Report of the Imperial Institute of Veterinary Research, Muktesar
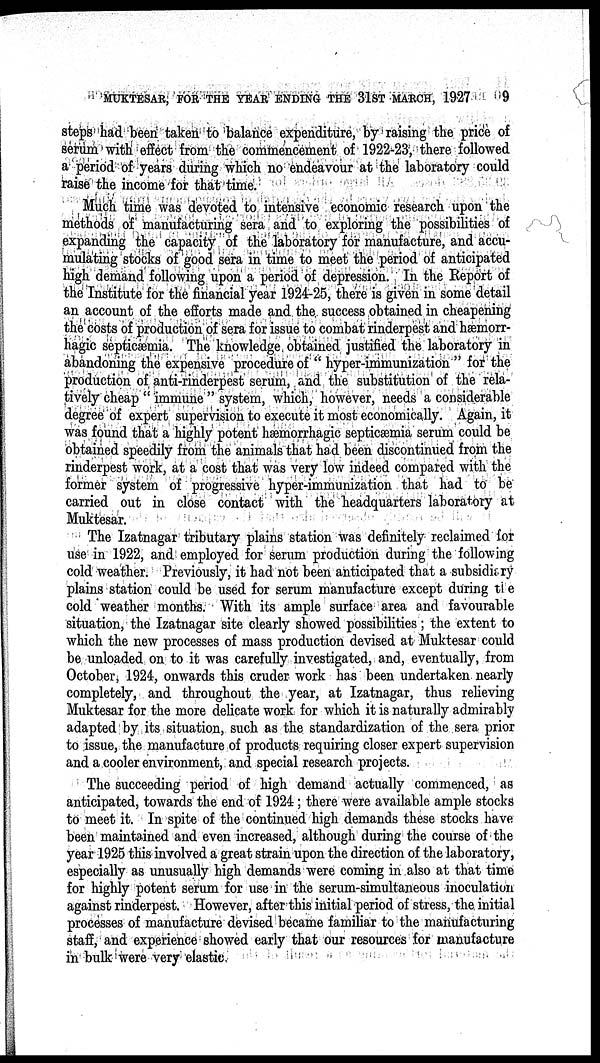
MUKTESAR, FOR THE YEAR ENDING THE 31ST MARCH, 1927
9
steps had been taken to balance expenditure, by raising the price of
serum with effect from the commencement of 1922-23, there followed
a period of years during which no endeavour at the laboratory could
raise the income for that time.
Much time was devoted to intensive economic research upon the
methods of manufacturing sera and to exploring the possibilities of
expanding the capacity of the laboratory for manufacture, and accu-
mulating stocks of good sera in time to meet the period of anticipated
high demand following upon a period of depression. In the Report of
the Institute for the financial year 1924-25, there is given in some detail
an account of the efforts made and the success obtained in cheapening
the costs of production of sera for issue to combat rinderpest and hæmorr-
hagic septicæmia. The knowledge obtained justified the laboratory in
abandoning the expensive procedure of " hyper-immunization " for the
production of anti-rinderpest serum, and the substitution of the rela-
tively cheap " immune " system, which, however, needs a considerable
degree of expert supervision to execute it most economically. Again, it
was found that a highly potent hæmorrhagic septicæmia serum could be
obtained speedily from the animals that had been discontinued from the
rinderpest work, at a cost that was very low indeed compared with the
former system of progressive hyper-immunization that had to be
carried out in close contact with the headquarters laboratory at
Muktesar.
The Izatnagar tributary plains station was definitely reclaimed for
use in 1922, and employed for serum production during the following
cold weather. Previously, it had not been anticipated that a subsidiary
plains station could be used for serum manufacture except during the
cold weather months. With its ample surface area and favourable
situation, the Izatnagar site clearly showed possibilities; the extent to
which the new processes of mass production devised at Muktesar could
be unloaded on to it was carefully investigated, and, eventually, from
October, 1924, onwards this cruder work has been undertaken nearly
completely, and throughout the year, at Izatnagar, thus relieving
Muktesar for the more delicate work for which it is naturally admirably
adapted by its situation, such as the standardization of the sera prior
to issue, the manufacture of products requiring closer expert supervision
and a cooler environment, and special research projects.
The succeeding period of high demand actually commenced, as
anticipated, towards the end of 1924 ; there were available ample stocks
to meet it. In spite of the continued high demands these stocks have
been maintained and even increased, although during the course of the
year 1925 this involved a great strain upon the direction of the laboratory,
especially as unusually high demands were coming in also at that time
for highly potent serum for use in the serum-simultaneous inoculation
against rinderpest. However, after this initial period of stress, the initial
processes of manufacture devised became familiar to the manufacturing
staff, and experience showed early that our resources for manufacture
in bulk were very elastic